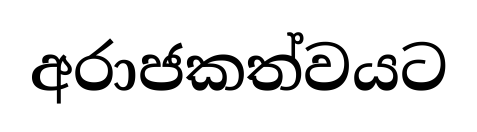
අරාජකත්වයට